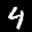
Label: 4